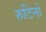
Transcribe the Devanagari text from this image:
रुटिनों